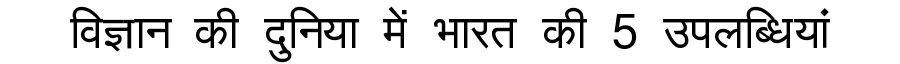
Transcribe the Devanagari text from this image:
विज्ञान की दुनिया में भारत की 5 उपलब्धियां